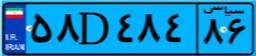
۵۸D۴۸۴۸۶